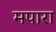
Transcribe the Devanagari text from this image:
मपारा